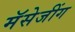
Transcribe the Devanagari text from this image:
मॅसेजींग